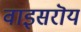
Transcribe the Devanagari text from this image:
वाइसरॊय